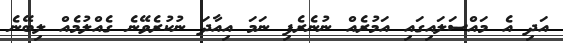
އަދި އެ މައްސަލައިގައި އަމުރެއް ނުނެރެފި ނަމަ އިއާދަ ނުކުރެވޭނެ ގެއްލުމެއް ލިބޭނެ